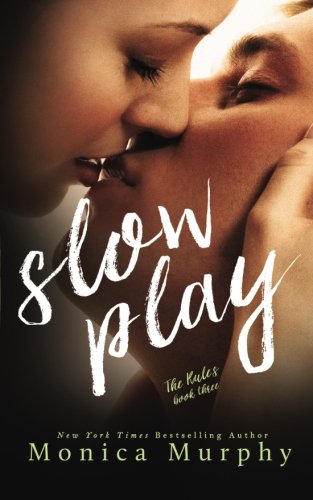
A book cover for Slow Play (The Rules) (Volume 3); Monica Murphy; Romance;